Vaccination in Bombay 1869-1873 - 1869-1873
Year: 1869
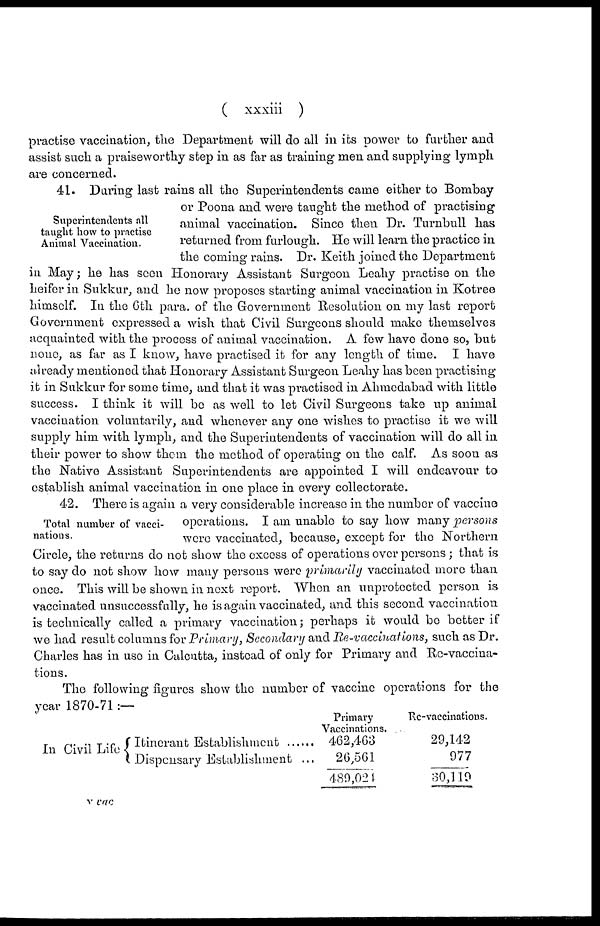
( xxxiii )
practise vaccination, the Department will do all in its power to further and
assist such a praiseworthy step in as far as training men and supplying lymph
are concerned.
Superintendents all
taught how to practise
Animal Vaccination.
41. During last rains all the Superintendents came either to Bombay
or Poona and were taught the method of practising
animal vaccination. Since then Dr. Turnbull has
returned from furlough. He will learn the practice in
the coming rains. Dr. Keith joined the Department
in May; he has seen Honorary Assistant Surgeon Leahy practise on the
heifer in Sukkur, and he now proposes starting animal vaccination in Kotree
himself. In the 6th para. of the Government Resolution on my last report
Government expressed a wish that Civil Surgeons should make themselves
acquainted with the process of animal vaccination. A few have done so, but
none, as far as I know, have practised it for any length of time. I have
already mentioned that Honorary Assistant Surgeon Leahy has been practising
it in Sukkur for some time, and that it was practised in Ahmedabad with little
success. I think it will be as well to let Civil Surgeons take up animal
vaccination voluntarily, and whenever any one wishes to practise it we will
supply him with lymph, and the Superintendents of vaccination will do all in
their power to show them the method of operating on the calf. As soon as
the Native Assistant Superintendents are appointed I will endeavour to
establish animal vaccination in one place in every collectorate.
Total number of vacci-
nations.
42. There is again a very considerable increase in the number of vaccine
operations. I am unable to say how many persons
were vaccinated, because, except for the Northern
Circle, the returns do not show the excess of operations over persons; that is
to say do not show how many persons were primarily vaccinated more than
once. This will be shown in next report. When an unprotected person is
vaccinated unsuccessfully, he is again vaccinated, and this second vaccination
is technically called a primary vaccination; perhaps it would be better if
we had result columns for Primary, Secondary and Re-vaccinations, such as Dr.
Charles has in use in Calcutta, instead of only for Primary and Re-vaccina-
tions.
The following figures show the number of vaccine operations for the
year 1870-71 :—
In Civil Life Itinerant Establishment ......
Dispensary Establishment ...
Primary
Vaccinations.
462,463
26,561
489,021
Re-vaccinations.
29,142
977
30,119
v vac